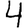
Digit: 4